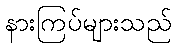
နားကြပ်များသည်